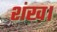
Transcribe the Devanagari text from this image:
शंख।